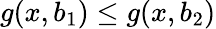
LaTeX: g(x,b_{1})\leq g(x,b_{2})